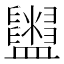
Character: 𥃜